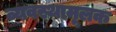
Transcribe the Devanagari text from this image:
व्यवस्थामूलक